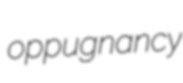
oppugnancy